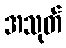
အသုတ်